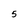
Character: 5